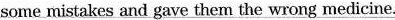
some mistakes and gave them the wrong medicine.